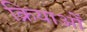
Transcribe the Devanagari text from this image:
क्रियाओँ